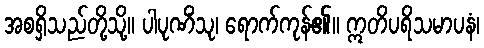
အစရှိသည်တို့သို့။ ပါပုဏိံသု၊ ရောက်ကုန်၏။ ဣတိပရိသမာပနံ၊